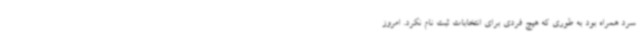
سرد همراه بود به طوری که هیچ فردی برای انتخابات ثبت نام نکرد. امروز